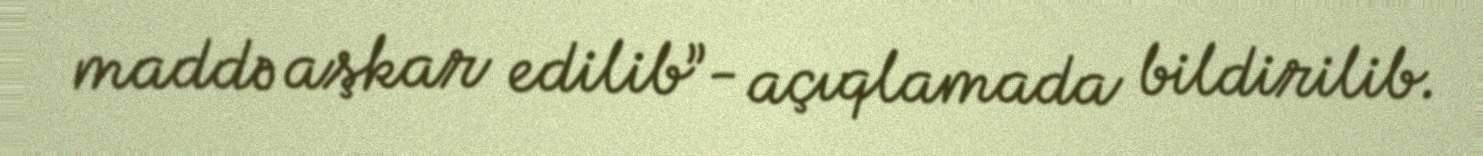
maddə aşkar edilib”- açıqlamada bildirilib.